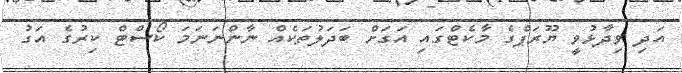
އަދި ވިދާޅުވީ ޔޫރަޕްގެ މާކެޓްގައި އަގަށް ބަދަލުތަކެއް ނާންނަނަމަ ކޯސްޓް ކިރުގެ އަގު